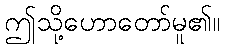
ဤသို့ဟောတော်မူ၏။